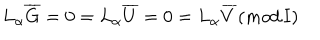
L _ { \alpha } \overline { { { G } } } = 0 = L _ { \alpha } \overline { { { U } } } = 0 = L _ { \alpha } \overline { { { V } } } ( m o d \, { \bf I } )